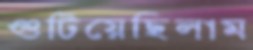
গুটিয়েছিলাম